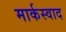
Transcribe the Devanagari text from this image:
मार्कस्वाद